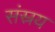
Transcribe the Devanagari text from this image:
संस्रय